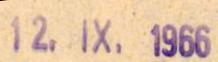
12.IX.1966